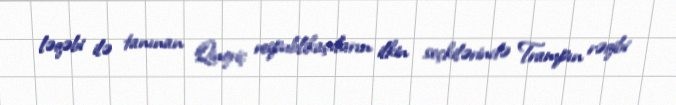
ləqəbi ilə tanınan Qinqriç respublikaçıların ilkin seçkilərində Trampın rəqibi